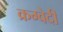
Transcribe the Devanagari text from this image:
क्रग्वेदी